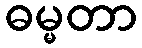
ဓမ္မတာ